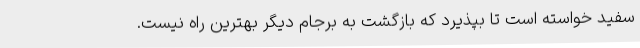
سفید خواسته است تا بپذیرد که بازگشت به برجام دیگر بهترین راه نیست.